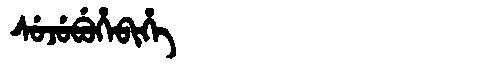
Manchu: ᠰᡠᠵᡠᠪᡠᡥᡝᠪᡳᡥᡝ
Romanization: SUJUBUHEBIHE